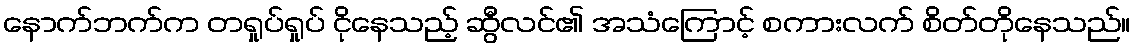
နောက်ဘက်က တရှုပ်ရှုပ် ငိုနေသည့် ဆွီလင်၏ အသံကြောင့် စကားလက် စိတ်တိုနေသည်။